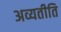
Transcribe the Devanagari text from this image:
अव्यतीति